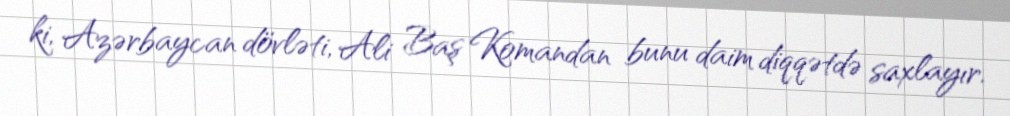
ki, Azərbaycan dövləti, Ali Baş Komandan bunu daim diqqətdə saxlayır.